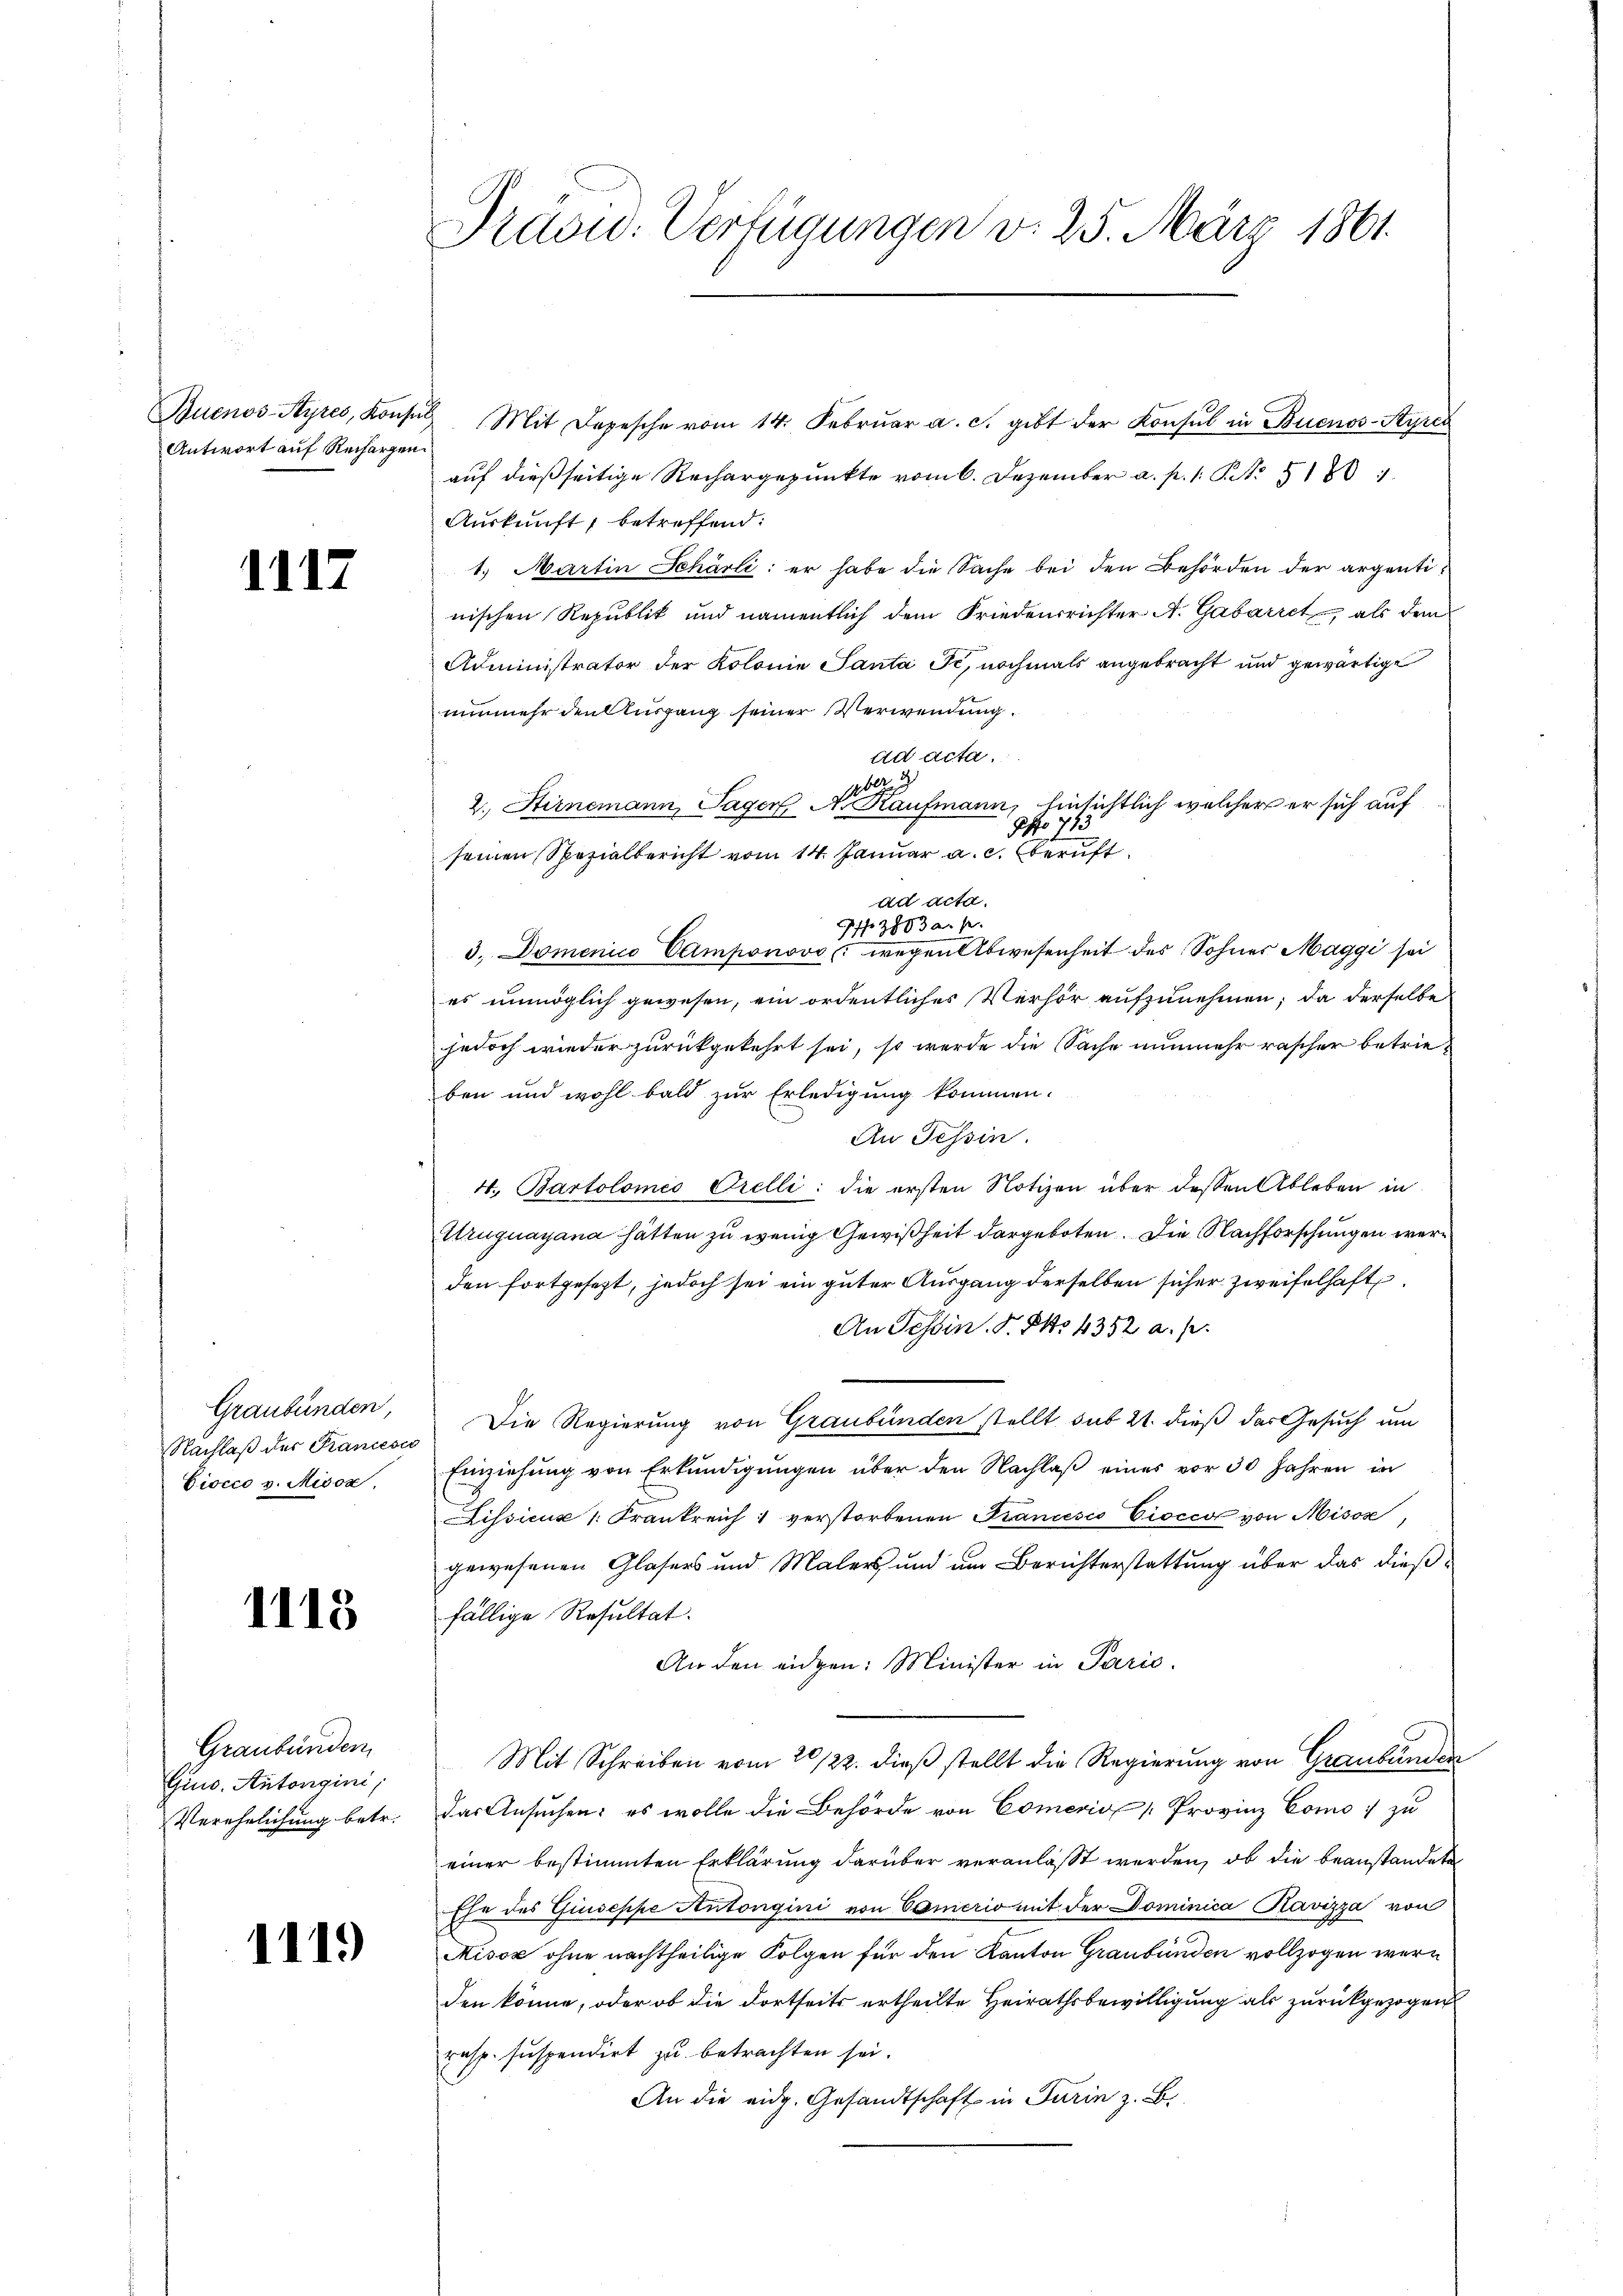
Buenos-Ayres, Konsul
Antwort auf Rechargen.

1112

Graubünden,
Nachlaß der Francesco
Ciocco v. Misox.

1113

Graubünden
Guno. Antongini,
Verehelichung betr.

1119

Prüdw. Verfügungen d. 25. März 1861.

Mit Depesche vom 14. Februar a. c. gibt der Konsul in Buenos-Ayres
auf dießseitige Rechargepunkte vom 6. Dezember a. p. 1 S. 5180.
Auskunft, betreffend:
1. Martin Schärli: er habe die Sache bei den Behörden der argentinischen Republik und namentlich dem Friedensrichter A. Gabarret, als den
Administrator der Kolonie Santa Jc, nochmals angebracht und gewärtige
nunmehr den Ausgang seiner Verwendung.
ad acta.
ber d
2. Stirnemann, Tagen, A. Kaufmann, hinsichtlich welcher er sich auf
Apo 773
seinen Spezialbericht vom 14. Januar a. c. beruft
ad acta.
73883 an se
3. Domenico Camponovo, wegen Abwesenheit des Sohner Maggi sei
es unmöglich gewesen, ein ordentliches Verhör aufzunehmen, da derselbe
jedoch wieder zurückgekehrt sei, so werde die Sache nunmehr rascher betrieben und wohl bald zur Erledigung kommen.
An Tessin.
4. Bartolomeo Orelli: die ersten Notizen über dessen Ableben in
Uruguayana hätten zu wenig Gewißheit dargeboten. Die Nachforschungen wäre
den fortgesezt, jedoch sei ein guter Ausgang derselben sicher Zweifelhafte
An Tessin. F. Sko. 4352 a. p.
Die Regierung von Graubünden stellt sub 21. dieß das Gesuch um
Einziehung von Erkundigungen über den Nachlaß eines vor 30 Jahren in
Lissicus 1. Frankreich verstorbenen Francesco Ciocco von Misox,
gewesenen Glasers und Malers und um Berichterstattung über das dießfällige Resultat.
An den eidgen: Minister in Parić.
Mit Schreiben vom 20/22. dieß stellt die Regierung von Graubünden
das Ansuchen; es wolle die Behörde von Comerio Provinz Como zu
einer bestimmten Erklärung darüber veranlasst werden, ob die beanstandete
Ehe des Giuseppe Antonigini von Camerio mit der Dominica Ravizza von
Misox ohne nachtheilige Folgen für den Kanton Graubünden vollzogen werden könne, oder ob die dortseits ertheilte Heirathsbewilligung als zurückgezogen
resp. suspendirt zu betrachten sei.
An die eidg. Gesandtschaft in Turin z. B.